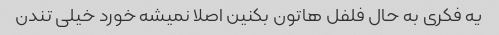
یه فکری به حال فلفل هاتون بکنین اصلا نمیشه خورد خیلی تندن